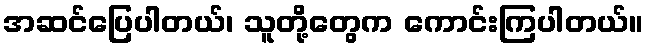
အဆင်ပြေပါတယ်၊ သူတို့တွေက ကောင်းကြပါတယ်။